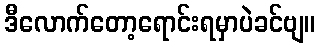
ဒီလောက်တော့ရောင်းရမှာပဲခင်ဗျ။